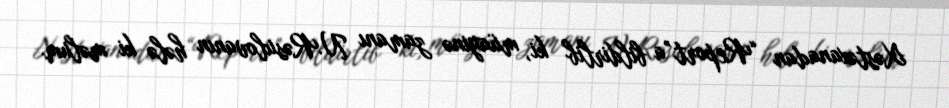
Xəstəxanadan “Report”a bildirlib ki, müayinə zamanı N.Rəsulovanın hələ ki məlum